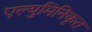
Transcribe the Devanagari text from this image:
एल्युमिनिकृत